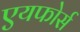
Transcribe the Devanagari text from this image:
एयफोर्स